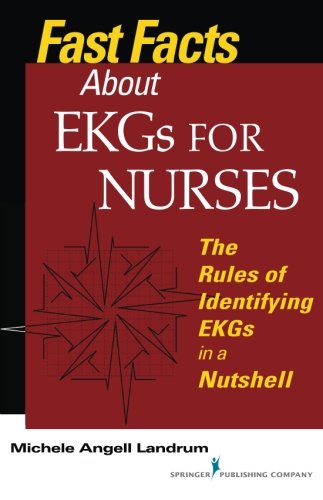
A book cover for Fast Facts About EKGs for Nurses: The Rules of Identifying EKGs in a Nutshell (Fast Facts (Springer)); Michele Angell Landrum RN  CCRN; Medical Books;